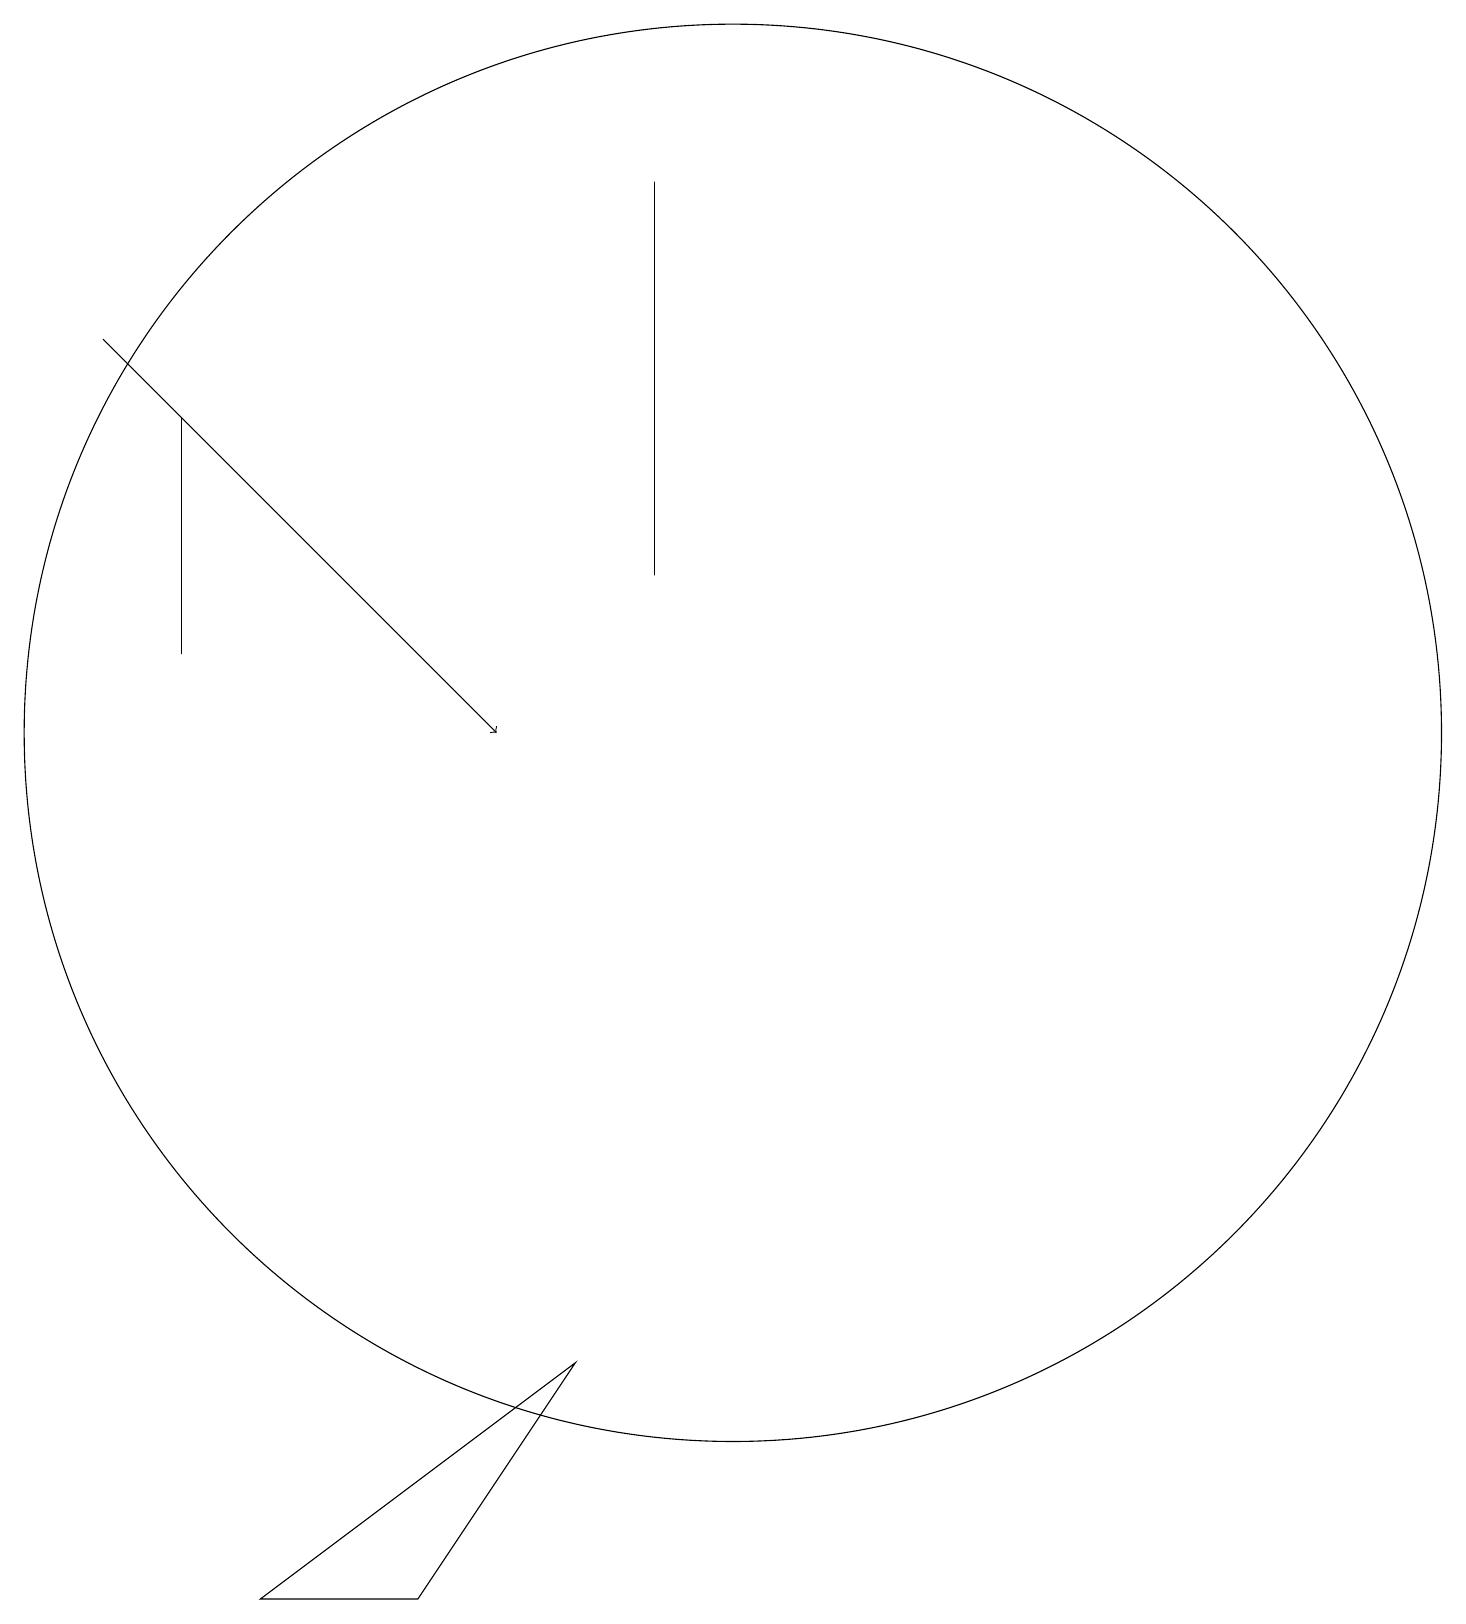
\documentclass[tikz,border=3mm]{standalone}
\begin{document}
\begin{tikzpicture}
\draw (10,12) circle (9);
\draw[->] (2,17) -- (7,12);
\draw (3,13) rectangle (3,16);
\draw (9,14) rectangle (9,19);
\draw (6,1) -- (4,1) -- (8,4) -- cycle;
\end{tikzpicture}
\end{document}